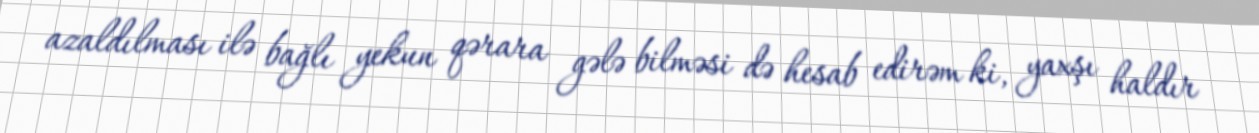
azaldılması ilə bağlı yekun qərara gələ bilməsi də hesab edirəm ki, yaxşı haldır